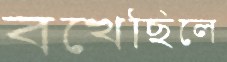
বখেছিলে